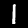
Digit: 1